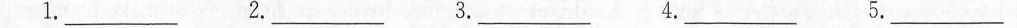
1.___ 2.___ 3.___ 4.___ 5.___